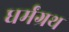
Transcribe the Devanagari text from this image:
धर्मंग्रथ